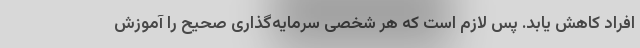
افراد کاهش یابد. پس لازم است که هر شخصی سرمایه‌گذاری صحیح را آموزش